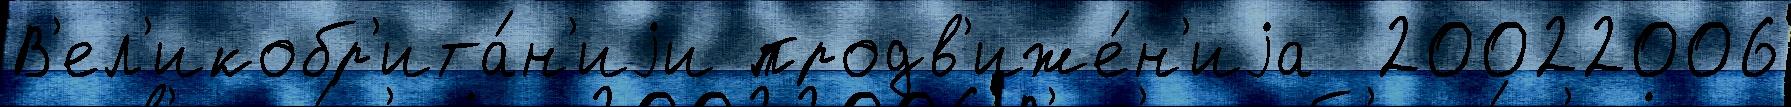
В'ел'икобр'ита́н'иjи продв'иже́н'иjа  20022006